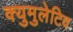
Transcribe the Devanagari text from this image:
क्युमुलेटिव